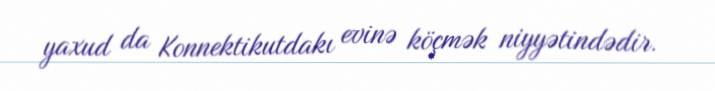
yaxud da Konnektikutdakı evinə köçmək niyyətindədir.